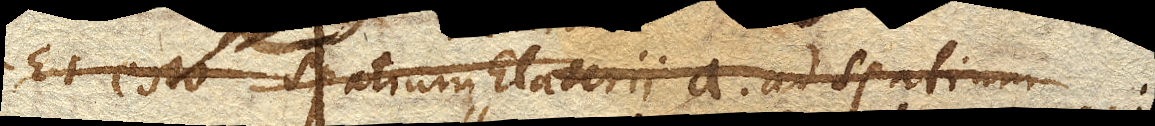
Et esto spatium Elateriia. ad spatium